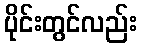
ပိုင်းတွင်လည်း